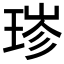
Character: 𬍮